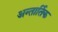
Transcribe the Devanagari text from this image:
अन्तार्तिक